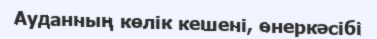
Ауданның көлік кешені, өнеркәсібі